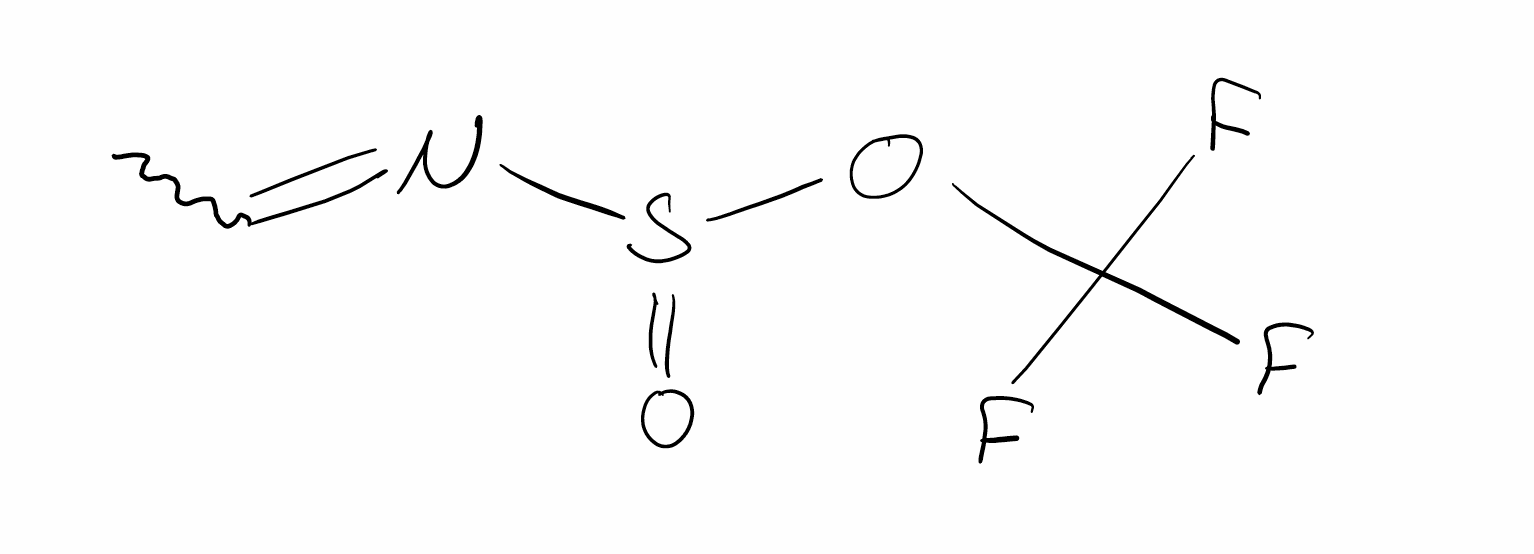
Simplified molecular-input line-entry system (SMILES) notation of the given molecule:
CC=NS(=O)OC(F)(F)F